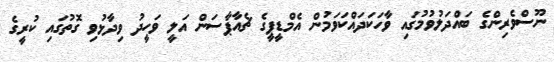
ނޫސްވެރިންގެ ބައްދަލުވުމުގައި ވާހަކަދައްކަވަމުން އެމްޑީޕީގެ ޗެއާޕާސަން އަލީ ވަހީދު ވިދާޅުވި ގޮތުގައި ކުރީގެ